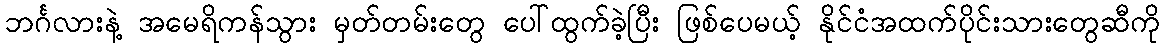
ဘင်္ဂလားနဲ့ အမေရိကန်သွား မှတ်တမ်းတွေ ပေါ်ထွက်ခဲ့ပြီး ဖြစ်ပေမယ့် နိုင်ငံအထက်ပိုင်းသားတွေဆီကို